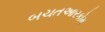
બચતઆરકોમ